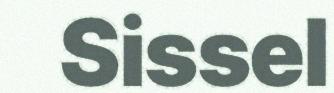
Sissel